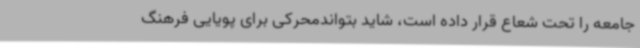
جامعه را تحت شعاع قرار داده است، شاید بتواندمحرکی برای پویایی فرهنگ